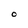
Character: O